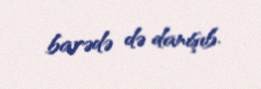
barədə də danışıb.